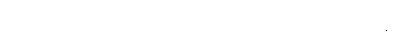
ကို။ ဒေဿတုံ၊ ငှာ။ “စတူသု အရိယသစ္စေသူ”တိ၊ ဟူ၍။ ဝုတ္တံ၊ ၏။